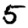
Digit: 5